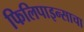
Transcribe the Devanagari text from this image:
फिलिपाइन्साचा